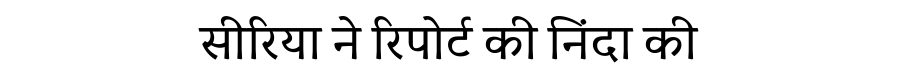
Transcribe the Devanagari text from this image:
सीरिया ने रिपोर्ट की निंदा की